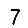
Digit: 7